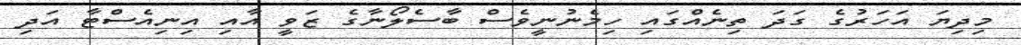
މިދިޔަ އަހަރުގެ ގަދަ ތިނެއްގައި ހިމެނުނީވެސް ބާސެލޯނާގެ ޒަވީ އާއި އިނިއެސްޓާ އަދި